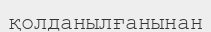
қолданылғанынан